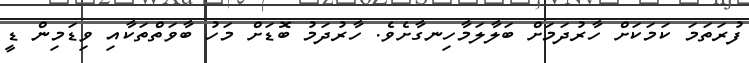
ފުރަތަމަ ކަމަކަށް ހާރުދަމަށް ބަލާލަމާހިނގާށެވެ. ހާރުދަމު ބޮޑަށް މަހު ބާވަތްތަކާއި ވިޑަމިން ޑީ